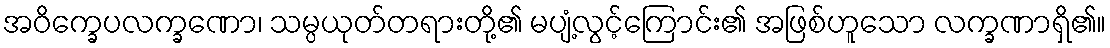
အဝိက္ခေပလက္ခဏော၊ သမ္ပယုတ်တရားတို့၏ မပျံ့လွင့်ကြောင်း၏ အဖြစ်ဟူသော လက္ခဏာရှိ၏။